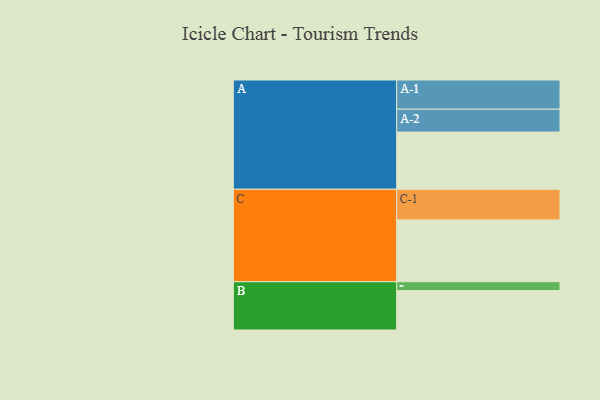
{"axis": {"x": "Segment", "y": "Value"}, "legend": ["", "A", "B", "C"], "data": [{"x": "A", "y": 473, "type": ""}, {"x": "B", "y": 326, "type": ""}, {"x": "C", "y": 511, "type": ""}, {"x": "A-1", "y": 241, "type": "A"}, {"x": "A-2", "y": 189, "type": "A"}, {"x": "B-1", "y": 73, "type": "B"}, {"x": "C-1", "y": 253, "type": "C"}]}